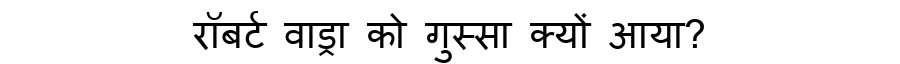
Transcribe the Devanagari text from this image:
रॉबर्ट वाड्रा को गुस्सा क्यों आया?